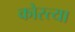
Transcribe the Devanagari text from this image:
कोस्त्या